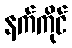
နက်ကိုင်